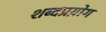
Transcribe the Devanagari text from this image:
शब्दप्रय़ोग